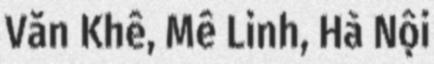
Văn Khê, Mê Linh, Hà Nội